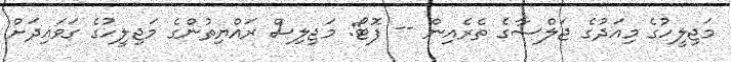
މަޖިލީހުގެ މިއަދުގެ ޖަލްސާގެ ތެރެއިން -- ފޮޓޯ: މަޖިލިސް ރައްޔިތުންގެ މަޖިލީހުގެ ގަވައިދަށް